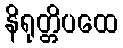
နိရုတ္တိပထေ